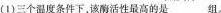
(1)三个温度条件下，该酶活性最高的是___组。